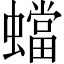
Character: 蟷